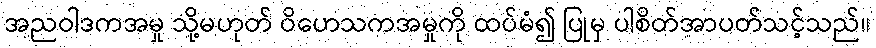
အညဝါဒကအမှု သို့မဟုတ် ဝိဟေသကအမှုကို ထပ်မံ၍ ပြုမှ ပါစိတ်အာပတ်သင့်သည်။